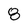
Character: 8